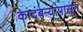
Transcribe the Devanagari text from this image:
कादंबऱ्यांपासून